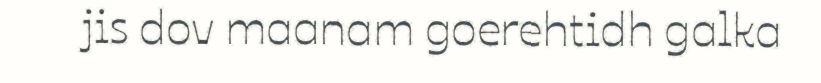
jis dov maanam goerehtidh galka